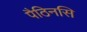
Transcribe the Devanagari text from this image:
पैठिनसि